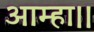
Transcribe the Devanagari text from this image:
आम्हा।।